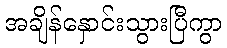
အချိန်နှောင်းသွားပြီကွာ